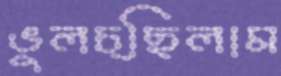
ভুলচ্ছিলাম